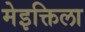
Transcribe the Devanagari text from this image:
मेइक्तिला